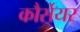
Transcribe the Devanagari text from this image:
कौर्सेयर